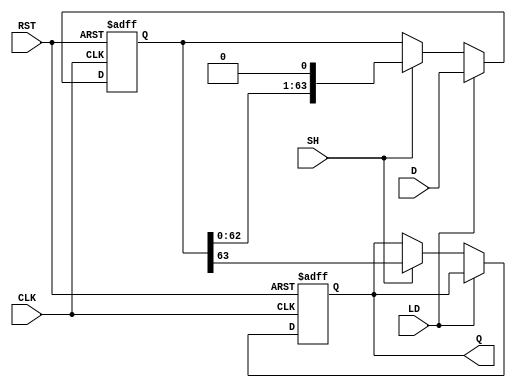
module piso_register (
    input wire [63:0] D,     // 64-bit parallel input data
    input wire LD,           // Load control signal
    input wire SH,           // Shift control signal
    input wire CLK,          // Clock signal
    input wire RST,          // Asynchronous reset signal
    output reg Q             // Serial output
);

    reg [63:0] shift_reg;    // 64-bit shift register

    // Asynchronous reset and loading data
    always @(posedge CLK or posedge RST) begin
        if (RST) begin
            shift_reg <= 64'b0; // Clear the register on reset
            Q <= 1'b0;          // Reset output
        end
        else begin
            if (LD) begin
                shift_reg <= D; // Load parallel data into the shift register
            end
            else if (SH) begin
                // Shift operation
                Q <= shift_reg[63]; // Output the MSB
                shift_reg <= {shift_reg[62:0], 1'b0}; // Shift left
            end
        end
    end

endmodule